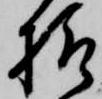
様